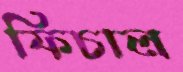
ফিচাল